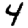
Digit: 4